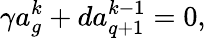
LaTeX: \gamma a_{g}^{k}+da_{q+1}^{k-1}=0,